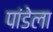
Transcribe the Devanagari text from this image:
पांडेला